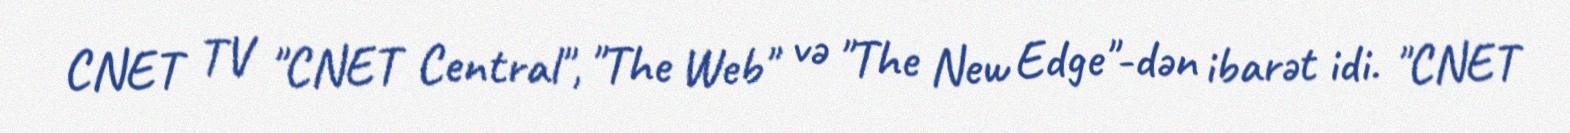
CNET TV "CNET Central", "The Web" və "The New Edge"-dən ibarət idi. "CNET